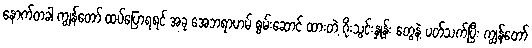
နောက်တခါ ကျွန်တော် ထပ်ပြောရရင် အခု အေဘရာဟမ် စွမ်းဆောင် ထားတဲ့ ဂိုးသွင်းနှုန်း တွေနဲ့ ပတ်သက်ပြီး ကျွန်တော်